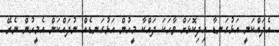
އެދައްކަނީ އަޅުގަނޑާ އިދިކޮޅަށް ވާހަކަ ދައްކާ މީހުން އަޅުގަނޑެއް ނުދައްކަން އެމީހުން ނެރޭ